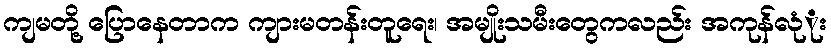
ကျမတို့ ပြောနေတာက ကျားမတန်းတူရေး၊ အမျိုးသမီးတွေကလည်း အကုန်လုံုး